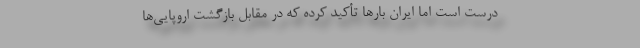
درست است اما ایران بارها تأکید کرده که در مقابل بازگشت اروپایی‌ها